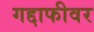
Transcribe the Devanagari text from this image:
गद्दाफीवर